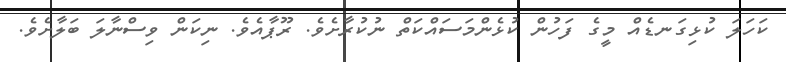
ކަހަލަ ކުޅިގަނޑެއް މީގެ ފަހުން ކުޅެންމަސައްކަތް ނުކުރާށެވެ. ރޫޕާއެވެ. ނިކަން ވިސްނާލަ ބަލާށެވެ.